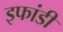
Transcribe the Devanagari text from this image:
इफांडी